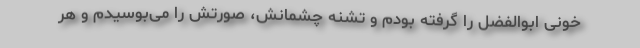
خونی ابوالفضل را گرفته بودم و تشنه چشمانش، صورتش را می‌بوسیدم و هر